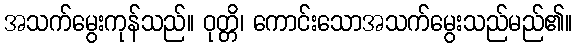
အသက်မွေးကုန်သည်။ ဝုတ္တိ၊ ကောင်းသောအသက်မွေးသည်မည်၏။